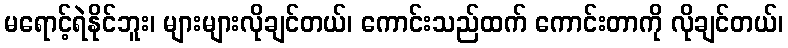
မရောင့်ရဲနိုင်ဘူး၊ များများလိုချင်တယ်၊ ကောင်းသည်ထက် ကောင်းတာကို လိုချင်တယ်၊